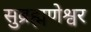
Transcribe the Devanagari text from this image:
सुब्रह्मणेश्वर